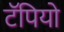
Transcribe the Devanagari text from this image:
टॅपियो